Annual administration and progress report of the Indian Medical Department, Bombay
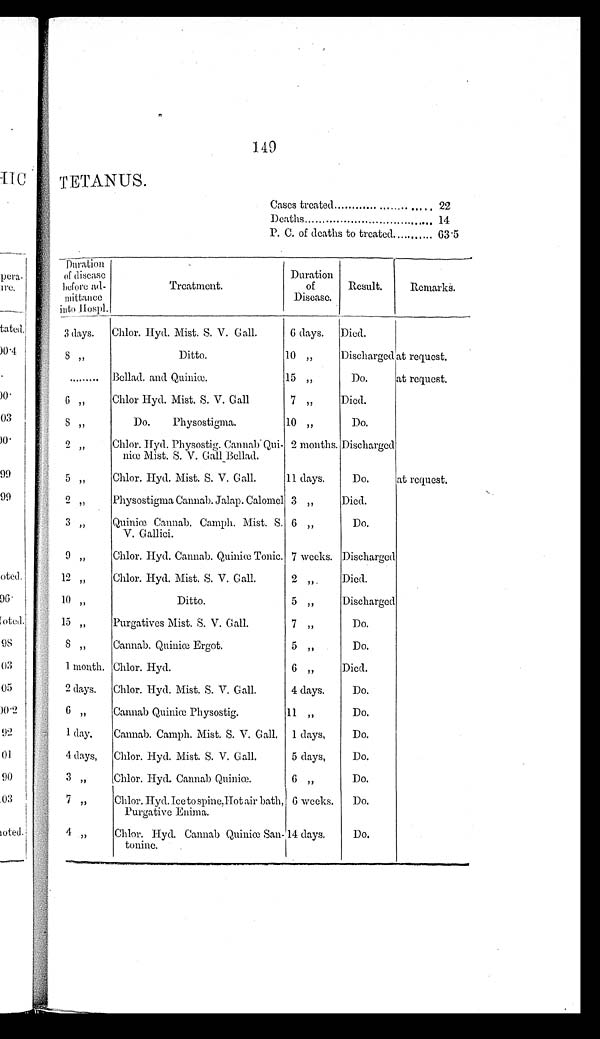
149
TETANUS.
Cases treated . . . 22
Deaths . . . 14
P. C. of deaths to treated . . . 63.5
Duration
of disease
before ad-
mittance
into Hospl.
Treatment.
Duration
of
Disease.
Result.
Remarks.
3 days.
Chlor. Hyd. Mist. S. V. Gall.
6 days.
Died.
8 "
Ditto.
10 "
Discharged at request.
. . .
Bellad. and Quiniœ.
15 "
Do.
at request.
6 "
Chlor Hyd. Mist. S. V. Gall
7 "
Died.
8 "
Do. Physostigma.
10 "
Do.
2 "
Chlor. Hyd. Physostig. Cannab Qui-
niœ Mist. S. V. Gall Bellad.
2 months. Discharged
5 "
Chlor. Hyd. Mist. S. V. Gall.
11 days.
Do.
at request.
2 "
Physostigma Cannab. Jalap. Calomel 3 "
Died.
3 "
Quiniœ Cannab. Camph. Mist. S.
V. Gallici.
6 "
Do.
9 "
Chlor. Hyd. Cannab. Quiniœ Tonic. 7 weeks. Discharged
12 "
Chlor. Hyd. Mist. S. V. Gall.
2 "
Died.
10 "
Ditto.
5 "
Discharged
15 "
Purgatives Mist. S. V. Gall.
7 "
Do.
8 "
Cannab. Quiniœ Ergot.
5 "
Do.
1 month. Chlor. Hyd.
6 "
Died.
2 days.
Chlor. Hyd. Mist. S. V. Gall.
4 days.
Do.
6 "
Cannab Quiniœ Physostig.
11"
Do.
1 day.
Cannab. Camph. Mist. S. V. Gall. 1 days.
Do.
4 days. Chlor. Hyd. Mist. S. V. Gall.
5 days.
Do.
3 "
Chlor. Hyd. Cannab Quiniœ.
6 "
Do.
7 "
Chlor. Hyd. Ice to spine, Hot air bath,
Purgative Enima.
6 weeks.
Do.
4 "
Chlor. Hyd. Cannab Quiniœ San
-tonine.
14 days.
D o .